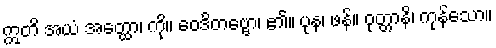
ဣတိ အယံ အတ္ထော၊ ကို။ ဝေဒိတဗ္ဗော၊ ၏။ ပုန၊ ဖန်။ ဝုတ္တာနိ၊ ကုန်သော။